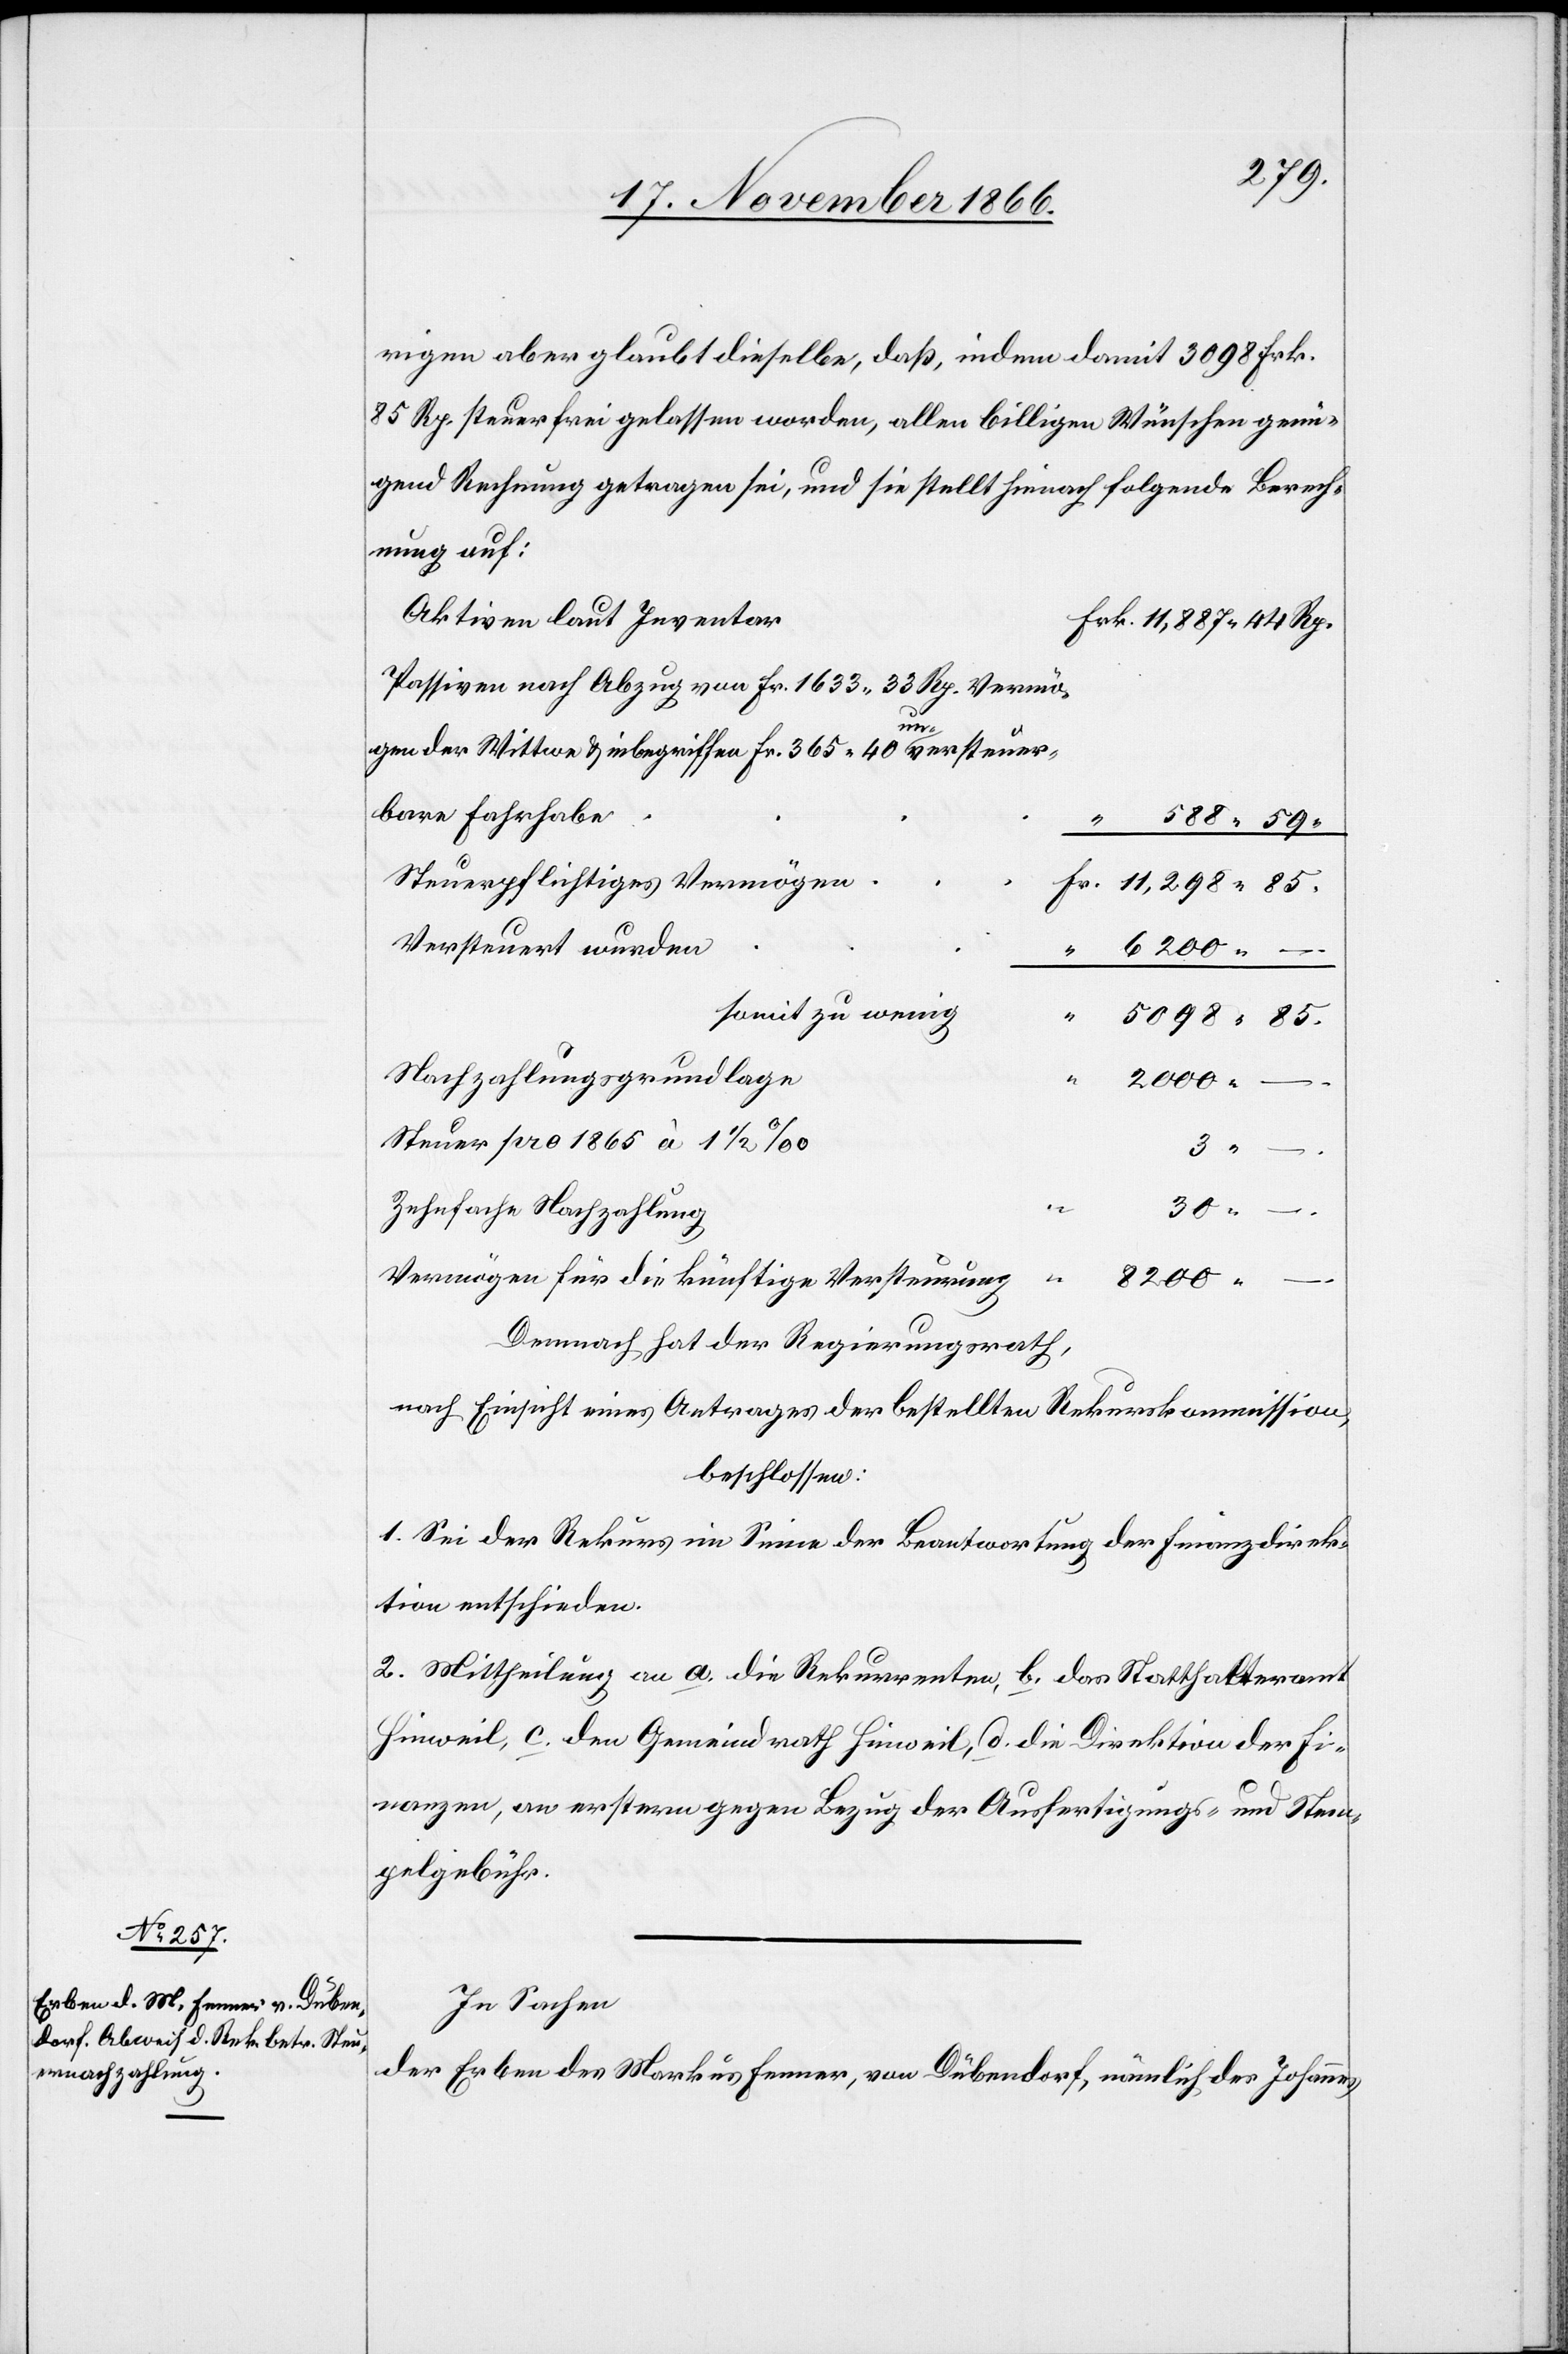
11 887.

rigen aber glaubt dieselbe, daß, indem damit 3098 Frk.
85. Rp. steuerfrei gelassen worden, allen billigen Wünschen genü¬
gend Rechnung getragen sei, und sie stellt hienach folgende Berech¬
nung auf:
Aktiven laut Inventar
Passiven nach Abzug von Fr. 1633.33 Rp. Vermö¬
gen der Wittwe & inbegriffen Fr. 365.40 unversteuer¬
bare Fahrhabe
Steuerpflichtiges Vermögen
Versteuert wurden
somit zu wenig
Nachzahlungsgrundlage
2000.
Steuer pro 1865 à 1 ½‰
–
.
.
Zehnfache Nachzahlung
30.
Vermögen für die künftige Versteuerung
“
8200.
Demnach hat der Regierungsrath,
nach Einsicht eines Antrages der bestellten Rekurskommission,
beschlossen:
1. Sei der Rekurs im Sinne der Beantwortung der Finanzdirek¬
tion entschieden.
2. Mittheilung an a. die Rekurrenten, b. das Statthalteramt
Hinweil, c. den Gemeindrath Hinweil, d. die Direktion der Fi¬
nanzen, an erstere gegen Bezug der Ausfertigungs- und Stem¬
pelgebühr.
In Sachen
der Erben des Markus Fenner, von Dübendorf, nämlich des Johannes